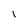
Character: I